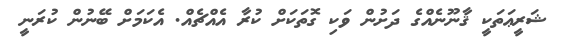
ޝަރީޢަތަކީ ޤާނޫނެއްގެ ދަށުން ވަކި ގޮތަކަށް ކުރާ އެއްޗެއް. އެކަމަށް ބޭނުން ކުރަނީ